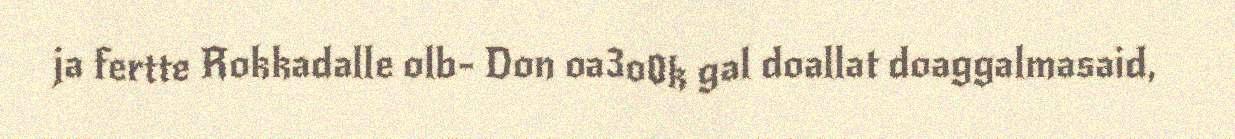
ja fertte Rokkadalle olb- Don oa3o0k gal doallat doaggalmasaid,